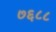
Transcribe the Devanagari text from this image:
७६८८